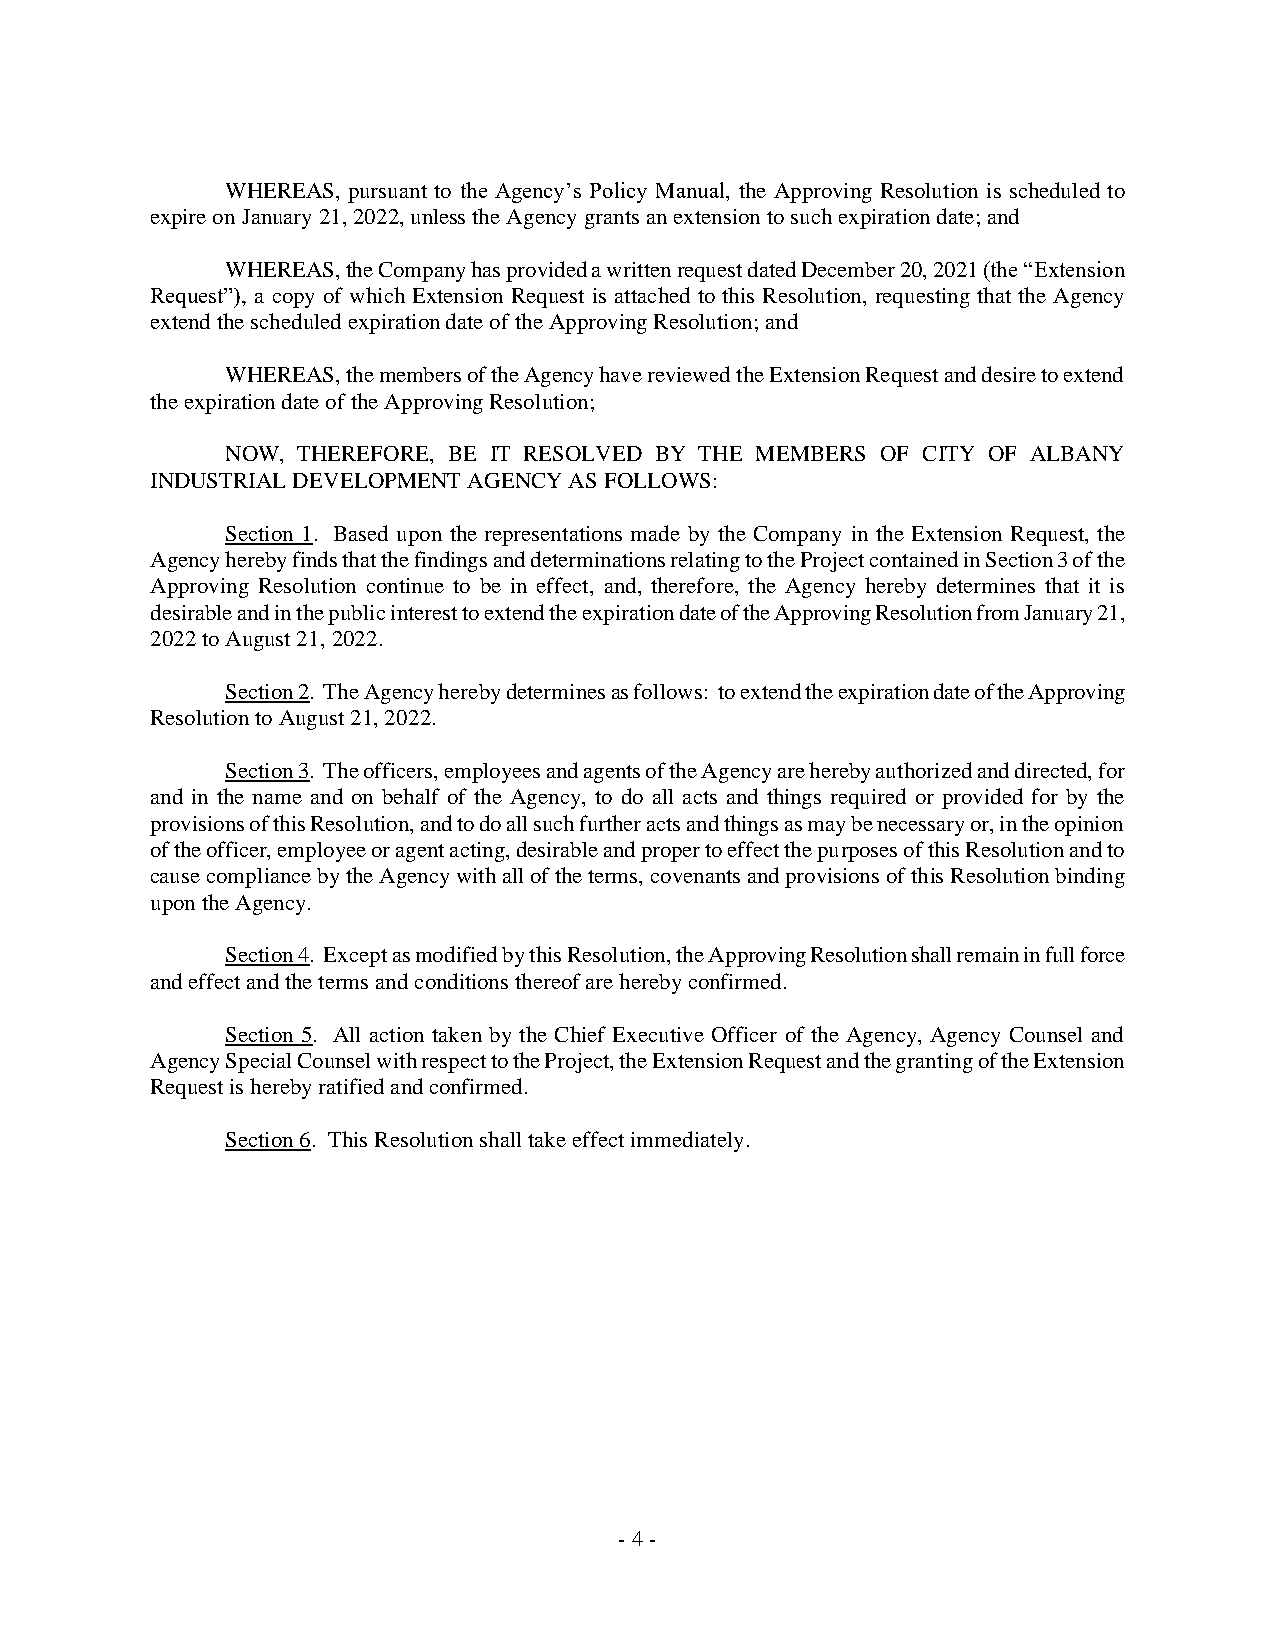
WHEREAS, pursuant to the Agency’s Policy Manual, the Approving Resolution is scheduled to
 expire on January 21, 2022, unless the Agency grants an extension to such expiration date; and
 WHEREAS, the Company has provided a written request dated December 20, 2021 (the “Extension
 Request”), a copy of which Extension Request is attached to this Resolution, requesting that the Agency
 extend the scheduled expiration date of the Approving Resolution; and
 WHEREAS, the members of the Agency have reviewed the Extension Request and desire to extend
 the expiration date of the Approving Resolution;
 NOW, THEREFORE, BE IT RESOLVED BY THE MEMBERS OF CITY OF ALBANY
 INDUSTRIAL DEVELOPMENT AGENCY AS FOLLOWS:
 Section 1. Based upon the representations made by the Company in the Extension Request, the
 Agency hereby finds that the findings and determinations relating to the Project contained in Section 3 of the
 Approving Resolution continue to be in effect, and, therefore, the Agency hereby determines that it is
 desirable and in the public interest to extend the expiration date of the Approving Resolution from January 21,
 2022 to August 21, 2022.
 Section 2. The Agency hereby determines as follows: to extend the expiration date of the Approving
 Resolution to August 21, 2022.
 Section 3. The officers, employees and agents of the Agency are hereby authorized and directed, for
 and in the name and on behalf of the Agency, to do all acts and things required or provided for by the
 provisions of this Resolution, and to do all such further acts and things as may be necessary or, in the opinion
 of the officer, employee or agent acting, desirable and proper to effect the purposes of this Resolution and to
 cause compliance by the Agency with all of the terms, covenants and provisions of this Resolution binding
 upon the Agency.
 Section 4. Except as modified by this Resolution, the Approving Resolution shall remain in full force
 and effect and the terms and conditions thereof are hereby confirmed.
 Section 5. All action taken by the Chief Executive Officer of the Agency, Agency Counsel and
 Agency Special Counsel with respect to the Project, the Extension Request and the granting of the Extension
 Request is hereby ratified and confirmed.
 Section 6. This Resolution shall take effect immediately.
 - 4 -